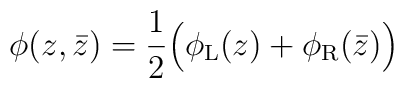
\phi(z,\bar z) = \frac{1}{2}\Big(\phi_{\rm L}(z)+\phi_{\rm R}(\bar z)\Big)